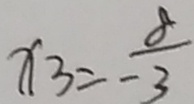
x _ { 3 } = - \frac { 8 } { 3 }